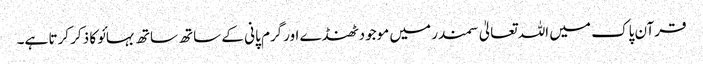
قرآن پاک میں اللہ تعالیٰ سمندر میں موجودٹھنڈے اورگرم پانی کے ساتھ ساتھ بہائو کا ذکر کرتا ہے۔